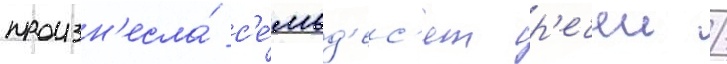
произн'есла́ с'е́мьд'ес'ят р'ечеи /